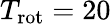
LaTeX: T_{\mathrm{rot}}=20